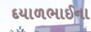
દયાળભાઈના